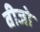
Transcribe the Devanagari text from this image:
वीजो